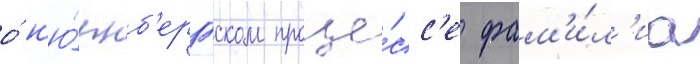
о́ н'ю́рнб'ергском проце́сс'е фам'и́л'иа